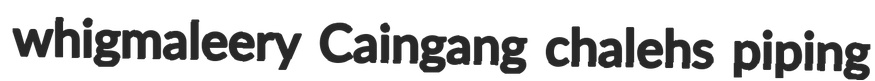
whigmaleery Caingang chalehs piping